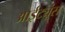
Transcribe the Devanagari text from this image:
आईट्यूंस